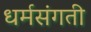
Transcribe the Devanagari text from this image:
धर्मसंगती